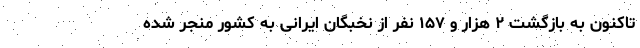
تاکنون به بازگشت ۲ هزار و ۱۵۷ نفر از نخبگان ایرانی به کشور منجر شده